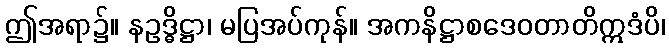
ဤအရာ၌။ နဥဒ္ဓိဋ္ဌာ၊ မပြအပ်ကုန်။ အကနိဋ္ဌာစဒေဝတာတိဣဒံပိ၊